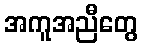
အကူအညီတွေ